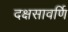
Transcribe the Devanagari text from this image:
दक्षसावर्णि